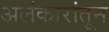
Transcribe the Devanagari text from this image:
अलंकारांतून